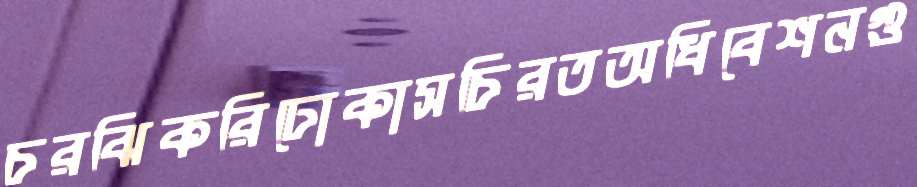
চরঝিকরিঢোকাসচিরতঅধিবেশনগু